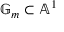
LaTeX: \mathbb { G } _ { m } \subset \mathbb { A } ^ { 1 }